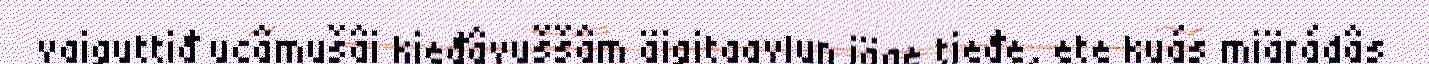
vaiguttiđ ucâmušâi kieđâvuššâm äigitaavlun iäge tieđe, ete kuás miärádâs